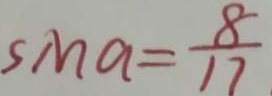
s M a = \frac { 8 } { 1 7 }